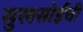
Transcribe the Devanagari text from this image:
सुखसोईंची